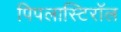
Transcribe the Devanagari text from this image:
पिपलास्टिरॉल